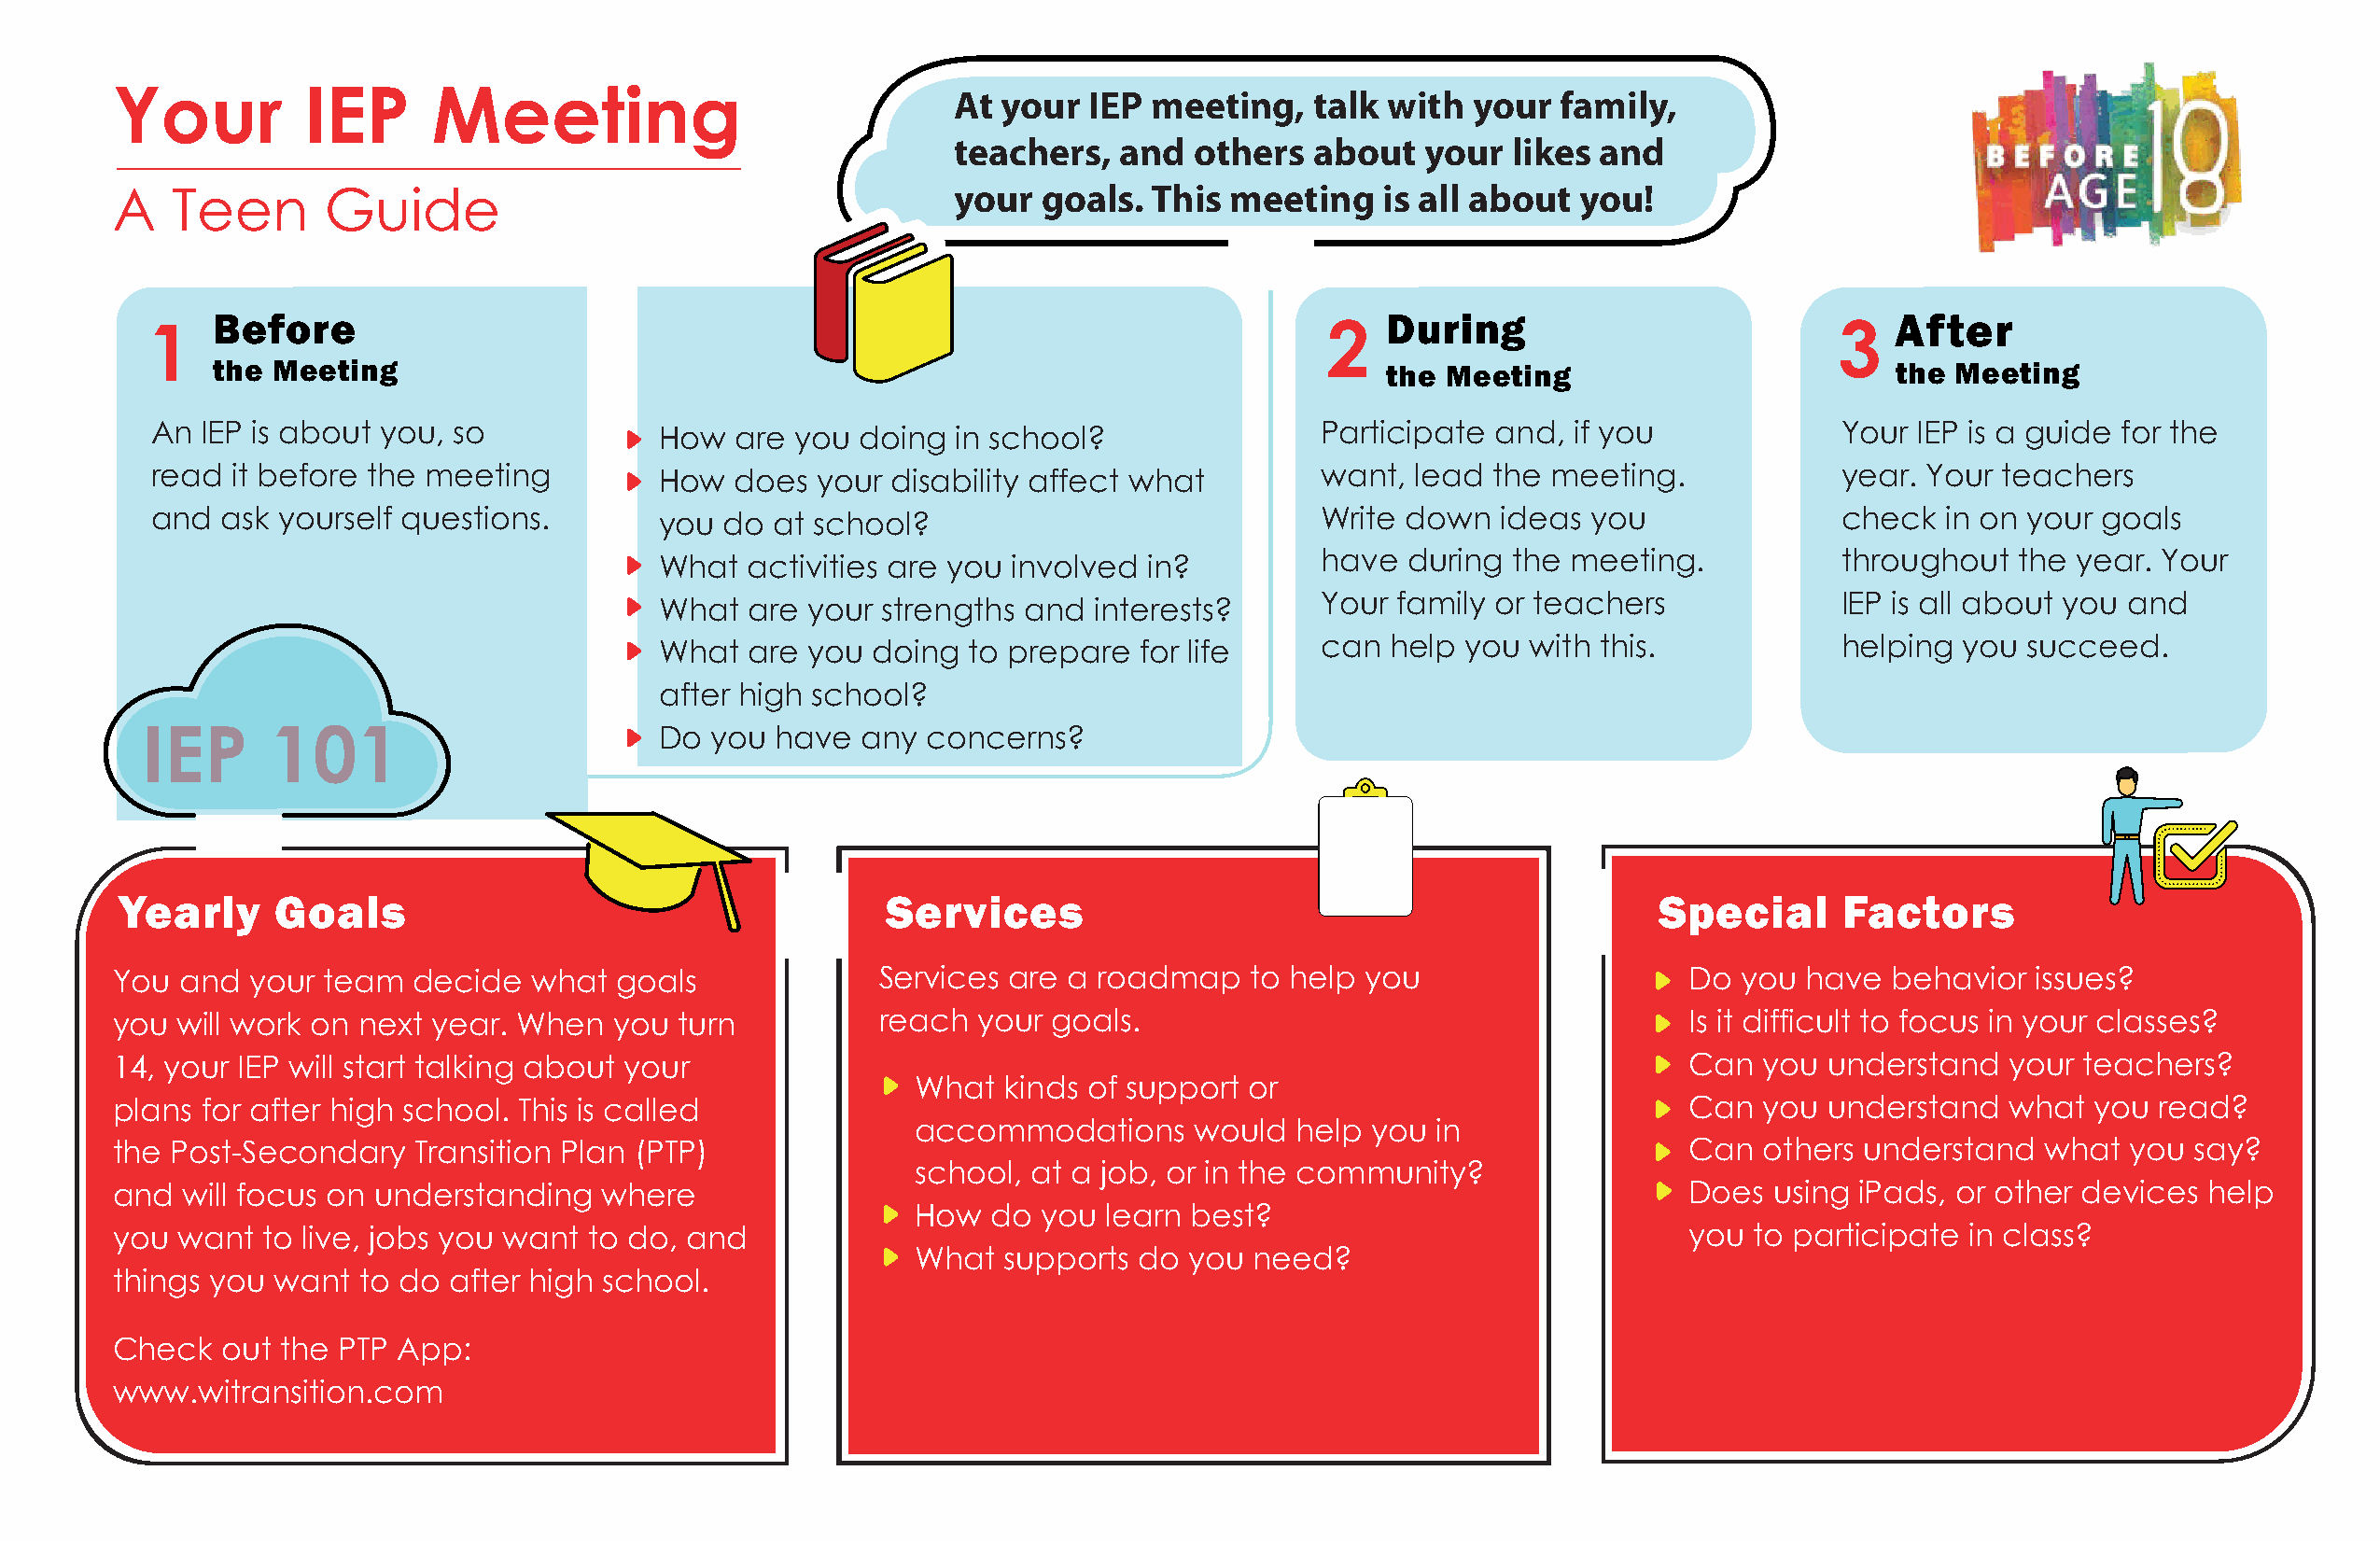
Your          IEP      Meeting                              At your  IEP  meeting,   talk with  your   family,
 teachers,  and   others  about   your  likes and
 your  goals.  This meeting    is all about  you!
 A   Teen       Guide
 Before                                                                             During                              After
 1                                                                                   2                                   3
 the Meeting                                                                        the  Meeting                        the  Meeting
 An IEP is about you, so             How  are you  doing  in school?                Participate and,  if you             Your IEP is a guide for the
 read it before the meeting          How  does  your disability affect what         want, lead  the meeting.             year. Your teachers
 and  ask yourself questions.        you do  at school?                             Write down  ideas  you               check  in on your goals
 What  activities are you involved in?          have  during the meeting.            throughout  the year. Your
 What  are your  strengths and  interests?      Your family or teachers              IEP is all about you and
 What  are you  doing  to prepare  for life     can  help you  with this.            helping you  succeed.
 after high school?
 IEP      101                         Do you  have  any  concerns?
 Yearly     Goals                                       Services                                               Special      Factors
 You  and  your team  decide   what  goals             Services  are a roadmap    to help you                    Do you  have  behavior  issues?
 you  will work on next year. When  you  turn          reach  your  goals.                                       Is it difficult to focus in your classes?
 14, your IEP will start talking about your                                                                      Can  you  understand   your teachers?
 What  kinds of support  or
 plans for after high school. This is called                                                                     Can  you  understand   what  you read?
 accommodations      would  help you  in
 the Post-Secondary   Transition Plan (PTP)                                                                      Can  others understand   what  you  say?
 school, at a job, or in the community?
 and  will focus on understanding   where                                                                        Does  using iPads, or other devices  help
 How  do  you learn best?
 you  want  to live, jobs you want to do, and                                                                    you to participate  in class?
 What  supports  do you  need?
 things you want  to do  after high school.
 Check   out the PTP App:
 www.witransition.com